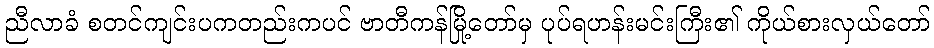
ညီလာခံ စတင်ကျင်းပကတည်းကပင် ဗာတီကန်မြို့တော်မှ ပုပ်ရဟန်းမင်းကြီး၏ ကိုယ်စားလှယ်တော်